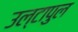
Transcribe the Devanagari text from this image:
उल्‍टापुल